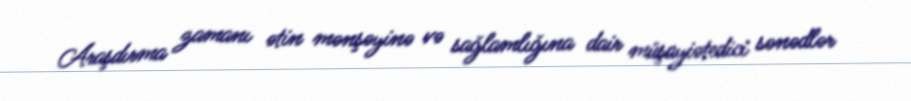
Araşdırma zamanı ətin mənşəyinə və sağlamlığına dair müşayiətedici sənədlər